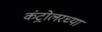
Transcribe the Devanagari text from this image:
कंट्रोलरच्या